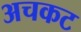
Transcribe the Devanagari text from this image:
अचकट